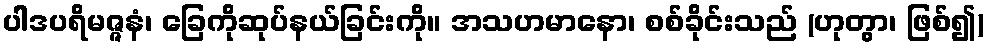
ပါဒပရိမဇ္ဇနံ၊ ခြေကိုဆုပ်နယ်ခြင်းကို။ အသဟမာနော၊ စစ်ခိုင်းသည် (ဟုတွာ၊ ဖြစ်၍)